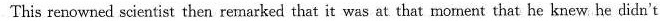
This renowned scientist then remarked that it was at that moment that he knew he didn't